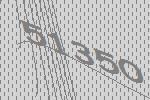
51350